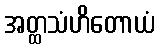
အတ္ထသံဟိတောယံ